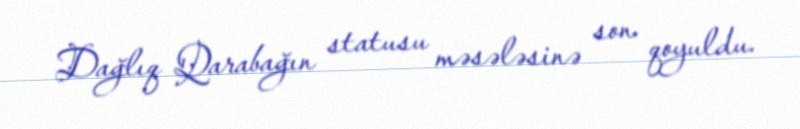
Dağlıq Qarabağın statusu məsələsinə son qoyuldu.